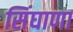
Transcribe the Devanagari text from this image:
सिंघाणा